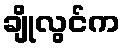
ချိုလွင်က